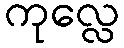
ကုလ္လေ